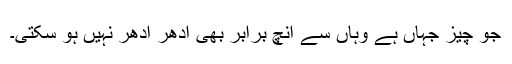
جو چیز جہاں ہے وہاں سے انچ برابر بھی ادھر ادھر نہیں ہو سکتی۔